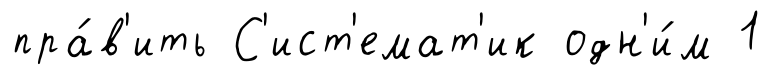
пра́в'ить С'ист'емат'ик одн'и́м 1